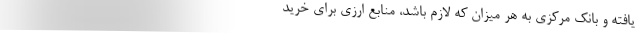
یافته و بانک مرکزی به هر میزان که لازم باشد، منابع ارزی برای خرید